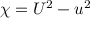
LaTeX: \chi = U ^ { 2 } - u ^ { 2 }